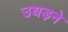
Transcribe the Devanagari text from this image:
उधड़ने